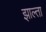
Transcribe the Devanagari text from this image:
झाल्ता